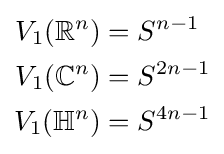
{\begin{aligned}V_{1}(\mathbb {R} ^{n})&=S^{n-1}\\V_{1}(\mathbb {C} ^{n})&=S^{2n-1}\\V_{1}(\mathbb {H} ^{n})&=S^{4n-1}\end{aligned}}